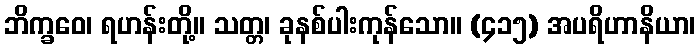
ဘိက္ခဝေ၊ ရဟန်းတို့။ သတ္တ၊ ခုနစ်ပါးကုန်သော။ (၄၁၅) အပရိဟာနိယာ၊